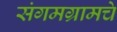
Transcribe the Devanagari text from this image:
संगमग्रामचे